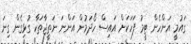
ގައުމީ އަންހެން ޓީމު ފަހަކަށް އައިސް ހޯދަމުން އަންނަ ނަތީޖާތަކާ ގުޅިގެން ގިނަ